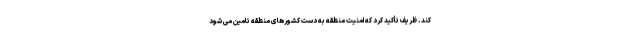
کند. ظریف تأکید کرد که امنیت منطقه به دست کشورهای منطقه تامین می شود